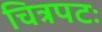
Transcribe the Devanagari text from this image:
चित्रपटः